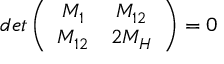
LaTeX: d e t \left( \begin{array} { c c } { { M _ { 1 } } } & { { M _ { 1 2 } } } \\ { { M _ { 1 2 } } } & { { 2 M _ { H } } } \end{array} \right) = 0